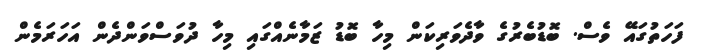
ފަހަތުގައޭ ވެސް. ބޮޑުބެރުގެ ވާދެވަރިކަން މިހާ ބޮޑު ޒަމާނެއްގައި މިހާ ދުވަސްވަންދެން އަހަރަމެން